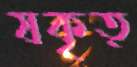
যকৃত্